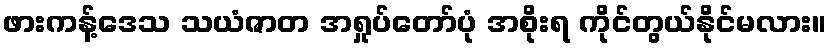
ဖားကန့်ဒေသ သယံဇာတ အရှုပ်တော်ပုံ အစိုးရ ကိုင်တွယ်နိုင်မလား။